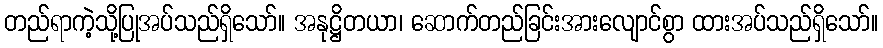
တည်ရာကဲ့သို့ပြုအပ်သည်ရှိသော်။ အနုဋ္ဌိတယာ၊ ဆောက်တည်ခြင်းအားလျောင်စွာ ထားအပ်သည်ရှိသော်။